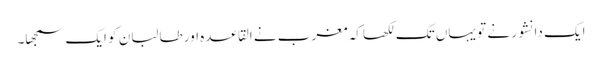
ایک دانشور نے تو یہاں تک لکھا کہ مغرب نے القاعدہ اور طالبان کو ایک سمجھا۔